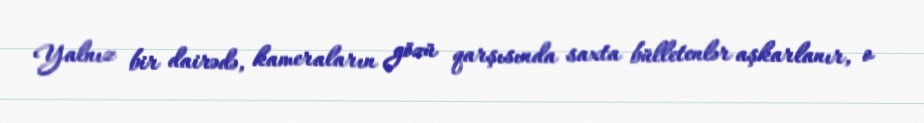
Yalnız bir dairədə, kameraların gözü qarşısında saxta bülletenlər aşkarlanır, o